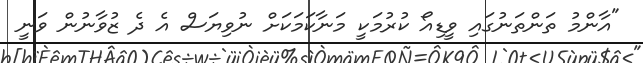
"އާންމު ތަންތަނުގައި ވީޑިއޯ ކުރުމަކީ މަނާކަަމަކަށް ނުވިޔަސް އެ ދެ ޒުވާނުން ވަނީ